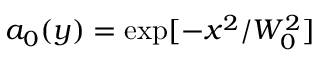
a _ { 0 } ( y ) = \exp [ - x ^ { 2 } / W _ { 0 } ^ { 2 } ]